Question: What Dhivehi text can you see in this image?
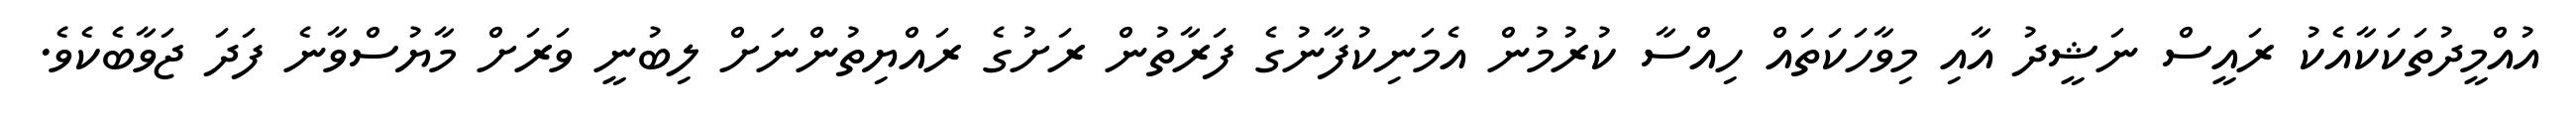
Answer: އުއްމީދުތަކަކާއެކު ރައީސް ނަޝީދު އާއި މިވާހަކަތައް ހިއްސާ ކުރުމުން އެމަނިކުފާނުގެ ފަރާތުން ރަށުގެ ރައްޔިތުންނަށް ލިބުނީ ވަރަށް މާޔުސްވާނެ ފަދަ ޖަވާބެކެވެ.